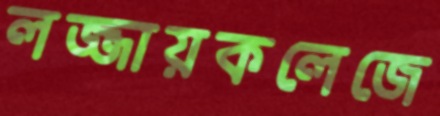
লজ্জায়কলেজে